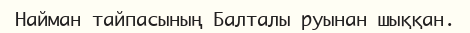
Найман тайпасының Балталы руынан шыққан.